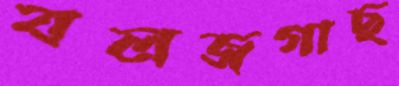
বলজগাছ